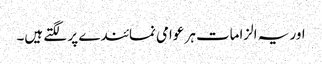
اور یہ الزامات ہر عوامی نمائندے پر لگتے ہیں۔